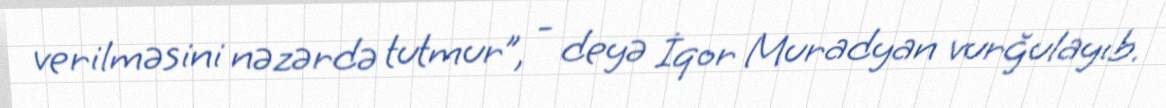
verilməsini nəzərdə tutmur”, - deyə İqor Muradyan vurğulayıb.